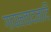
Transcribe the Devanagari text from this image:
गायनवादनादि